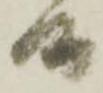
而